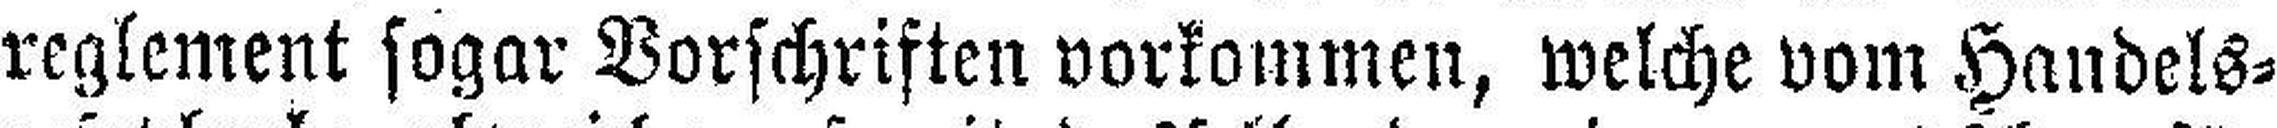
reglement sogar Vorschriften vorkommen, welche vom Handels¬